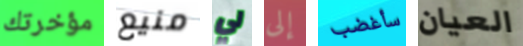
مؤخرتك منيع لي إلى سأغضب العيان